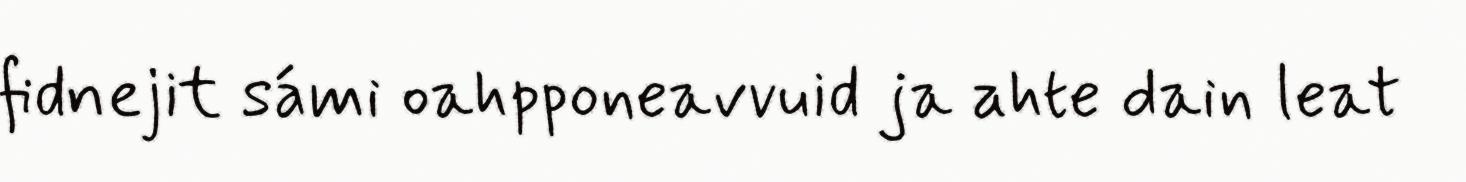
fidnejit sámi oahpponeavvuid ja ahte dain leat